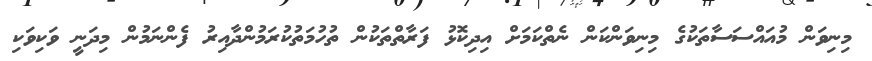
މިނިވަން މުއައްސަސާތަކުގެ މިނިވަންކަން ނެތްކަމަށް އިދިކޮޅު ފަރާތްތަކުން ތުހުމަތުކުރަމުންދާއިރު ފެންނަމުން މިދަނީ ވަކިވަކި